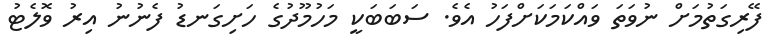
ފޭރިގަތުމަށް ނުވަތަ ވައްކަމަކަށްފަހު އެވެ. ސަބަބަކީ މަހުމޫދުގެ ހަށިގަނޑު ފެނުނު އިރު ވޮލެޓު